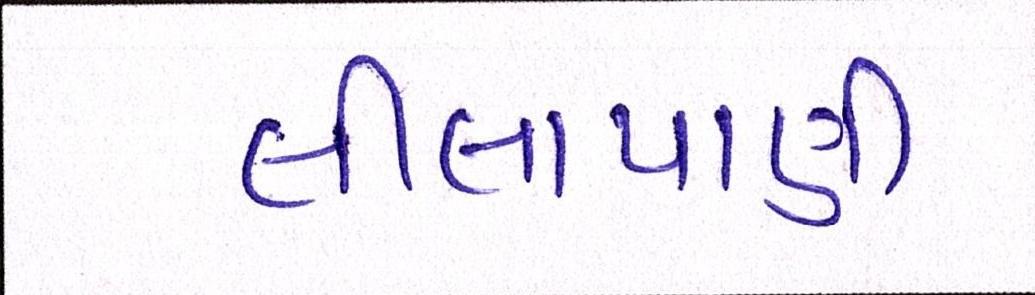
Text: લીલાપાણી